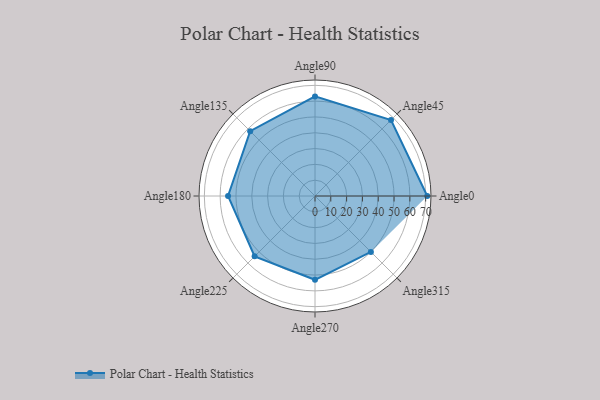
{"axis": {"x": "Angle", "y": "Radius"}, "legend": [""], "data": [{"x": "Angle0", "y": 71.0, "type": ""}, {"x": "Angle45", "y": 68.0, "type": ""}, {"x": "Angle90", "y": 63.0, "type": ""}, {"x": "Angle135", "y": 58.0, "type": ""}, {"x": "Angle180", "y": 55.0, "type": ""}, {"x": "Angle225", "y": 54.0, "type": ""}, {"x": "Angle270", "y": 53.0, "type": ""}, {"x": "Angle315", "y": 50, "type": ""}]}